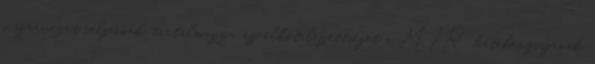
a szervezet céljainak, tartalmazza az elkötelezettséget a MIR hatékonyságának